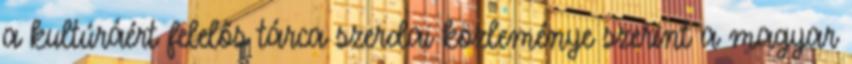
a kultúráért felelős tárca szerdai közleménye szerint a magyar